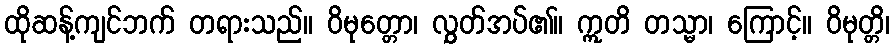
ထိုဆန့်ကျင်ဘက် တရားသည်။ ဝိမုတ္တော၊ လွှတ်အပ်၏။ ဣတိ တသ္မာ၊ ကြောင့်။ ဝိမုတ္တိ၊